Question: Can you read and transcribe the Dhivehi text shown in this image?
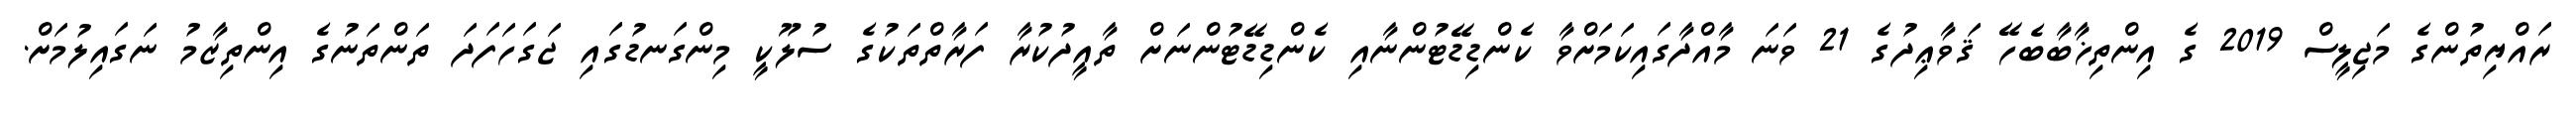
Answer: ރައްޔިތުންގެ މަޖިލީސް 2019 ގެ އިންތިޚާބާބެހޭ ޤަވާޢިދުގެ 21 ވަނަ މާއްދާގައިކަމަށްވާ ކެންޑިޑޭޓުންނާއި ކެންޑިޑޭޓުންނަށް ތާއީދުކުރާ ފަރާތްތަކުގެ ސުލޫކީ މިންގަނޑުގައި ޖަގަހަފަދަ ތަންތަނުގެ އިންތިޒާމު ނަގައިލުމަށް.